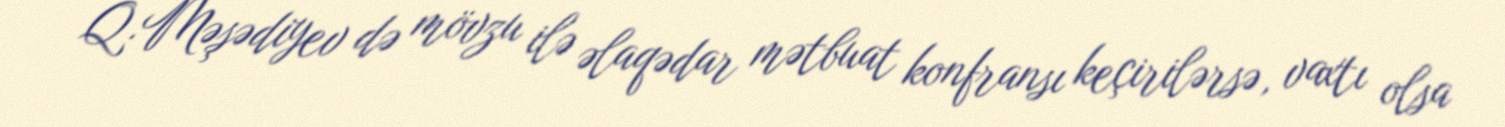
Q.Məşədiyev də mövzu ilə əlaqədar mətbuat konfransı keçirilərsə, vaxtı olsa